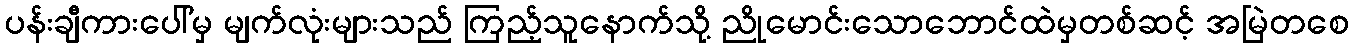
ပန်းချီကားပေါ်မှ မျက်လုံးများသည် ကြည့်သူနောက်သို့ ညိုမောင်းသောဘောင်ထဲမှတစ်ဆင့် အမြဲတစေ